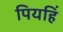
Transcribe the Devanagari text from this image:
पियहिं